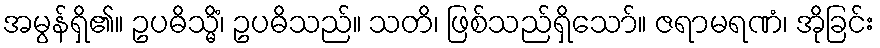
အမွန်ရှိ၏။ ဥပဓိသ္မိံ၊ ဥပဓိသည်။ သတိ၊ ဖြစ်သည်ရှိသော်။ ဇရာမရဏံ၊ အိုခြင်း